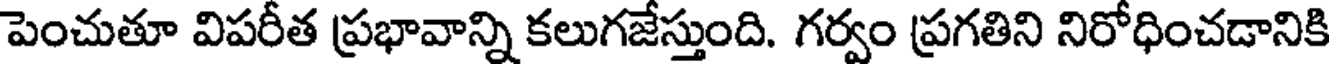
పెంచుతూ విపరీత ప్రభావాన్ని కలుగజేస్తుంది. గర్వం ప్రగతిని నిరోధించడానికి